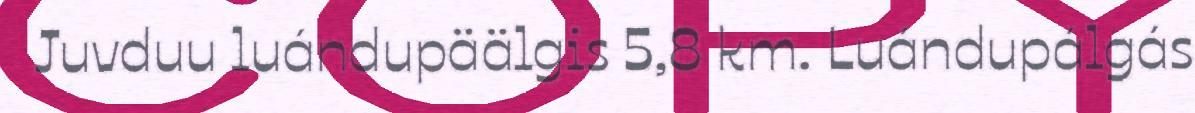
Juvduu luándupäälgis 5,8 km. Luándupálgás